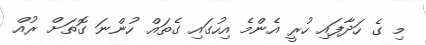
މި ގެ ހަދާފައި ހުރީ އެންމެ އިހުގައި ގެތައް ހުންނަ ގޮތަށް ރުއް